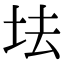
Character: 𡊛